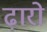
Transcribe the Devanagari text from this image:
ढ़ारो